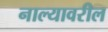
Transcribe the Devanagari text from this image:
नाल्यावरील